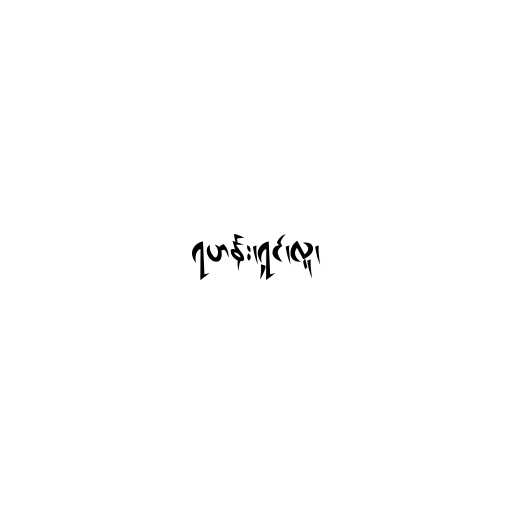
ရဟန်း၊ရှင်၊လူ၊